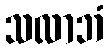
သလာဘံ